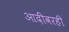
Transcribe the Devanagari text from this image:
आदींवरही